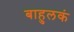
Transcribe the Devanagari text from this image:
बाहुलकं